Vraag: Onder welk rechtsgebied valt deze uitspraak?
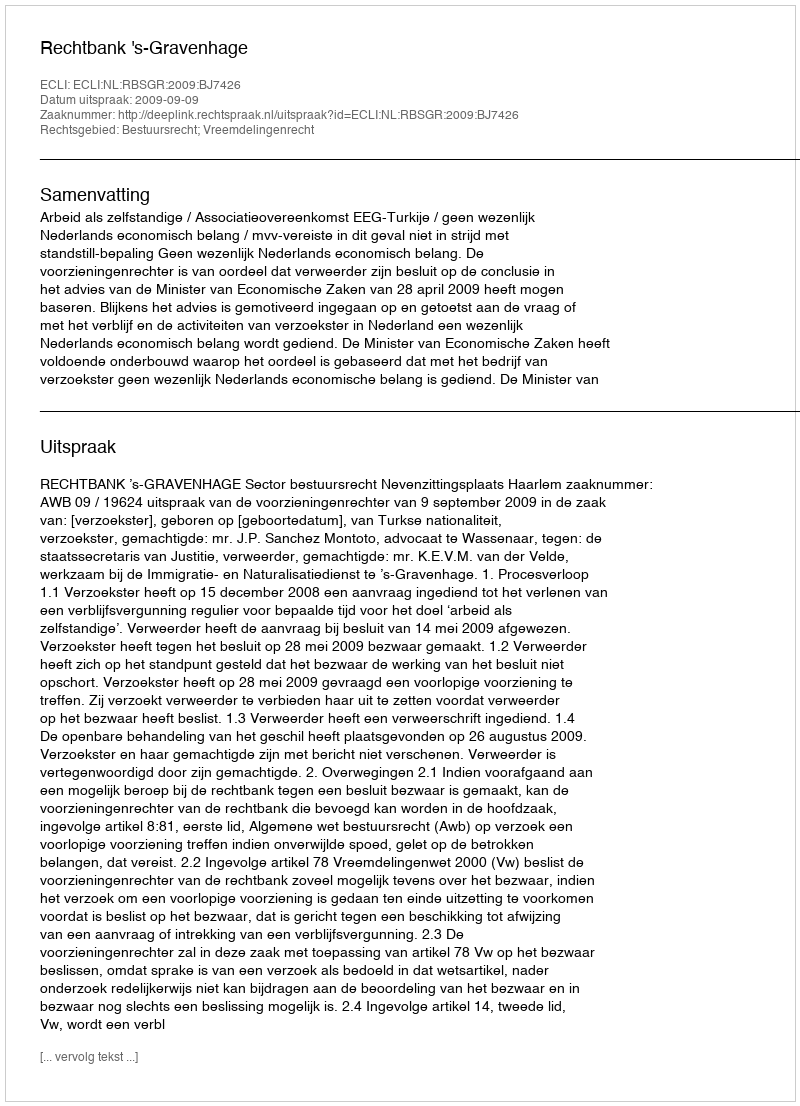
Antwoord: Bestuursrecht; Vreemdelingenrecht